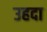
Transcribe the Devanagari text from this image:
उहदा